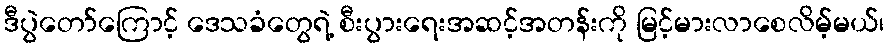
ဒီပွဲတော်ကြောင့် ဒေသခံတွေရဲ့ စီးပွားရေးအဆင့်အတန်းကို မြင့်မားလာစေလိမ့်မယ်၊